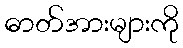
ဓာတ်အားများကို